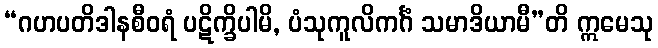
“ဂဟပတိဒါနစီဝရံ ပဋိက္ခိပါမိ, ပံသုကူလိကင်္ဂံ သမာဒိယာမီ”တိ ဣမေသု